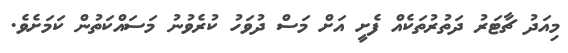
މިއަދު ޗާޓަރު ދަތުރުތަކެއް ފެށީ އަށް މަސް ދުވަހު ކުރެވުނު މަސައްކަތުން ކަމަށެވެ.